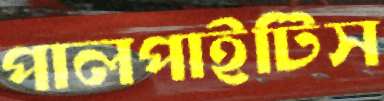
পালপাইটিস